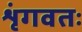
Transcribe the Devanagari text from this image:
शृंगवतः